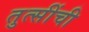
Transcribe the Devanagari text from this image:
तुत्‍सींची